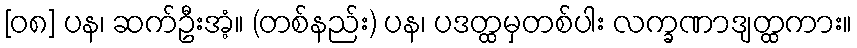
[၀၈] ပန၊ ဆက်ဦးအံ့။ (တစ်နည်း) ပန၊ ပဒတ္ထမှတစ်ပါး လက္ခဏာဒျတ္ထကား။